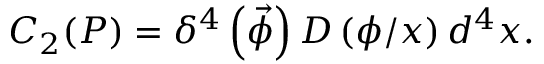
C _ { 2 } ( P ) = \delta ^ { 4 } \left( \vec { \phi } \right) D \left( \phi / x \right) d ^ { 4 } x .